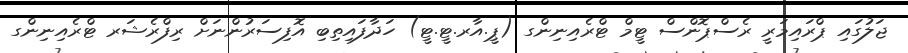
ޖަލުގައި ޕްރައިމަރީ ރެސްޕޮންސް ޓީމް ޓްރެއިނިންގ (ޕީ.އާރ.ޓީ.ޓީ) ހަދާފައިތިބި އޮފިސަރުންނަށް ރިފްރެޝަރ ޓްރެއިނިންގ